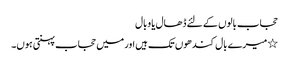
حجاب بالوں کے لئے ڈھال یا وبال
٭میرے بال کندھوں تک ہیں اور میں حجاب پہنتی ہوں۔